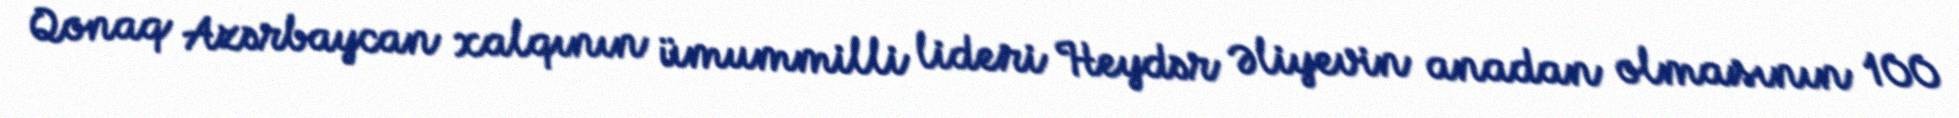
Qonaq Azərbaycan xalqının ümummilli lideri Heydər Əliyevin anadan olmasının 100